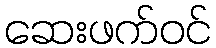
ဆေးဖက်ဝင်